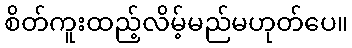
စိတ်ကူးထည့်လိမ့်မည်မဟုတ်ပေ။